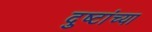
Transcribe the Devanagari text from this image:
दुष्टांच्या